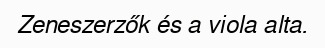
Zeneszerzők és a viola alta.